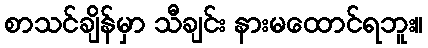
စာသင်ချိန်မှာ သီချင်း နားမထောင်ရဘူး။